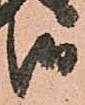
御